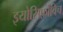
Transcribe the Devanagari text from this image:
इयोसिफ़ोविच